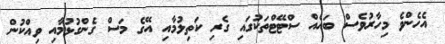
އެހެންވެ މިހާރުވެސް ބައެއް ސްޓޭޓްތަކުގައި ގެރި ކަތިލުމާއި އޭގެ މަސް ގެންގުޅުމާއި ވިއްކުން